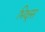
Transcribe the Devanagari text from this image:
भिक्षूस